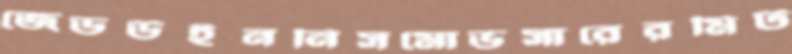
জেডউইননিসমোভসারেরমিট